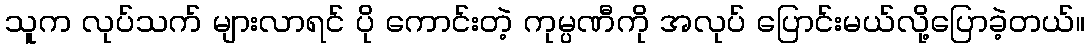
သူက လုပ်သက် များလာရင် ပို ကောင်းတဲ့ ကုမ္ပဏီကို အလုပ် ပြောင်းမယ်လို့ပြောခဲ့တယ်။